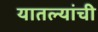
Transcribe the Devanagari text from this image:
यातल्यांची